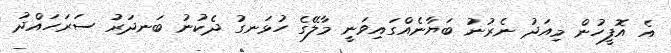
އެ އޮފީހުން މިއަދު ނެރުނު ބަޔާނެއްގައިވަނީ މާލޭގެ ހުޅަނގު ދެކުނު ބަނދަރު ސަރަހައްދު